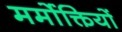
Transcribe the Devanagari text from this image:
मर्मोक्तियों